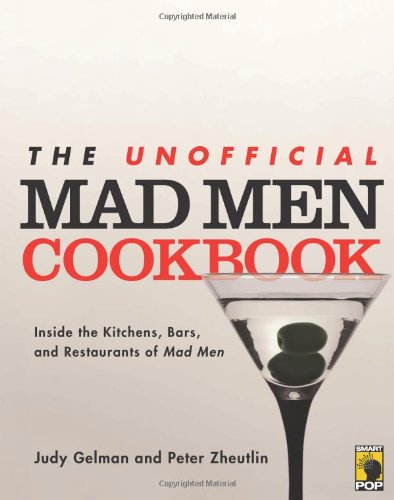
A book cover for The Unofficial Mad Men Cookbook: Inside the Kitchens, Bars, and Restaurants of Mad Men; Judy Gelman; Humor & Entertainment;